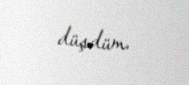
düşdüm.